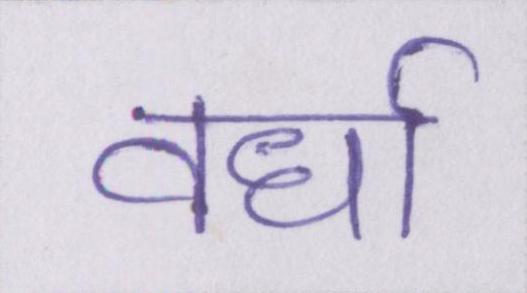
वर्धा